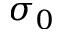
\sigma _ { 0 }